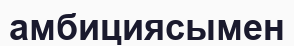
амбициясымен